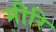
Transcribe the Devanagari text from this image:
मीरि